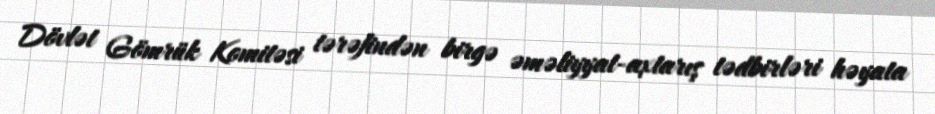
Dövlət Gömrük Komitəsi tərəfindən birgə əməliyyat-axtarış tədbirləri həyata